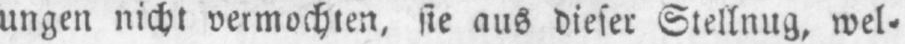
ungen nicht vermochten‚ sie aus dieser Stellung‚ wel⸗